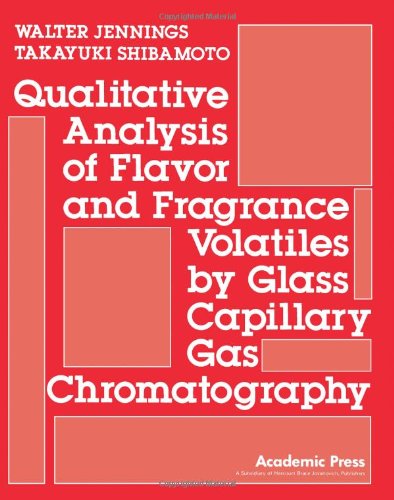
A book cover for Qualitative Analysis of Flavor and Fragrance Volatiles by Glass Capillary Gas Chromatography; Walter Jennings; Science & Math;